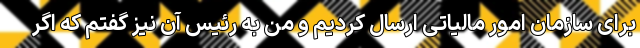
برای سازمان امور مالیاتی ارسال کردیم و من به رئیس آن نیز گفتم که اگر